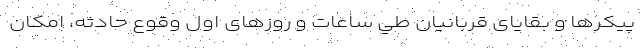
پيكرها و بقایای قربانیان طي ساعات و روزهای اول وقوع حادثه، امكان